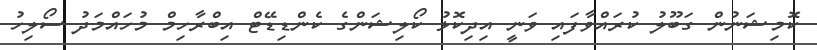
ކޮމިޝަނުން ގަބޫލު ކުރައްވާފައި ވަނީ އިދިކޮޅު ކޯލިޝަންގެ ކެންޑިޑޭޓް އިބްރާހިމް މުހައްމަދު ސޯލިހު